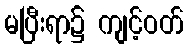
မပြီးရာ၌ ကျင့်ဝတ်